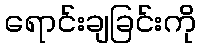
ရောင်းချခြင်းကို